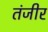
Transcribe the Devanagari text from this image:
तंजीर